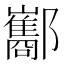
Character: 酅